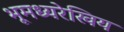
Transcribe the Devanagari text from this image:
भूमध्यरेखिय